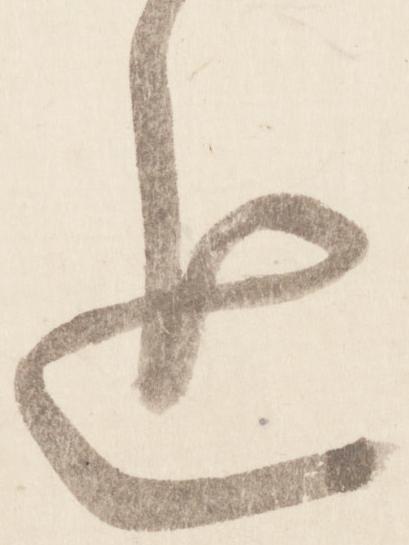
追